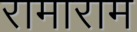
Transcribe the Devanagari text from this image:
रामाराम